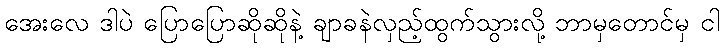
အေးလေ ဒါပဲ ပြောပြောဆိုဆိုနဲ့ ချာခနဲလှည့်ထွက်သွားလို့ ဘာမှတောင်မှ ငါ